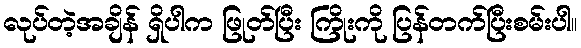
လုပ်တဲ့အချိန် ရှိပါက ဖြုတ်ပြီး ကြိုးကို ပြန်တက်ပြီးစမ်းပါ။